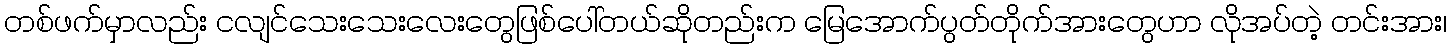
တစ်ဖက်မှာလည်း ငလျင်သေးသေးလေးတွေဖြစ်ပေါ်တယ်ဆိုတည်းက မြေအောက်ပွတ်တိုက်အားတွေဟာ လိုအပ်တဲ့ တင်းအား၊